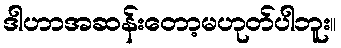
ဒါဟာအဆန်းတော့မဟုတ်ပါဘူး။